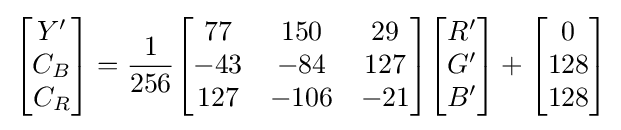
{\begin{bmatrix}Y'\\C_{B}\\C_{R}\end{bmatrix}}={\frac {1}{256}}{\begin{bmatrix}77&150&29\\-43&-84&127\\127&-106&-21\end{bmatrix}}{\begin{bmatrix}R'\\G'\\B'\end{bmatrix}}+{\begin{bmatrix}0\\128\\128\end{bmatrix}}